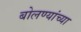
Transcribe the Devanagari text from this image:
बोलण्यांच्या